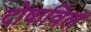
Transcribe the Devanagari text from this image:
दोषाविलं